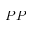
P P